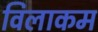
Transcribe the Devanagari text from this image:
विलाकम